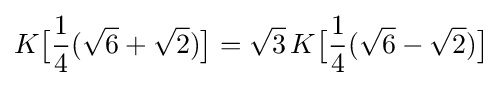
K{\bigl [}{\frac {1}{4}}({\sqrt {6}}+{\sqrt {2}}){\bigr ]}={\sqrt {3}}\,K{\bigl [}{\frac {1}{4}}({\sqrt {6}}-{\sqrt {2}}){\bigr ]}